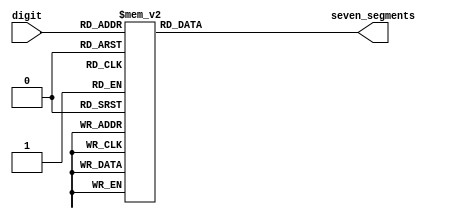
// This program was cloned from: https://github.com/RomeoMe5/DDLM
// License: MIT License


module sm_hex_display
(
    input      [3:0] digit,
    output reg [6:0] seven_segments
);

    always @*
        case (digit)
        'h0: seven_segments = 'b1000000;  // g f e d c b a
        'h1: seven_segments = 'b1111001;
        'h2: seven_segments = 'b0100100;  //   --a--
        'h3: seven_segments = 'b0110000;  //  |     |
        'h4: seven_segments = 'b0011001;  //  f     b
        'h5: seven_segments = 'b0010010;  //  |     |
        'h6: seven_segments = 'b0000010;  //   --g--
        'h7: seven_segments = 'b1111000;  //  |     |
        'h8: seven_segments = 'b0000000;  //  e     c
        'h9: seven_segments = 'b0011000;  //  |     |
        'ha: seven_segments = 'b0001000;  //   --d-- 
        'hb: seven_segments = 'b0000011;
        'hc: seven_segments = 'b1000110;
        'hd: seven_segments = 'b0100001;
        'he: seven_segments = 'b0000110;
        'hf: seven_segments = 'b0001110;
        endcase

endmodule

//--------------------------------------------------------------------

module sm_hex_display_8
(
    input             clock,
    input             resetn,
    input      [31:0] number,

    output reg [ 6:0] seven_segments,
    output reg        dot,
    output reg [ 7:0] anodes
);

    function [6:0] bcd_to_seg (input [3:0] bcd);

        case (bcd)
        'h0: bcd_to_seg = 'b1000000;  // g f e d c b a
        'h1: bcd_to_seg = 'b1111001;
        'h2: bcd_to_seg = 'b0100100;  //   --a--
        'h3: bcd_to_seg = 'b0110000;  //  |     |
        'h4: bcd_to_seg = 'b0011001;  //  f     b
        'h5: bcd_to_seg = 'b0010010;  //  |     |
        'h6: bcd_to_seg = 'b0000010;  //   --g--
        'h7: bcd_to_seg = 'b1111000;  //  |     |
        'h8: bcd_to_seg = 'b0000000;  //  e     c
        'h9: bcd_to_seg = 'b0011000;  //  |     |
        'ha: bcd_to_seg = 'b0001000;  //   --d-- 
        'hb: bcd_to_seg = 'b0000011;
        'hc: bcd_to_seg = 'b1000110;
        'hd: bcd_to_seg = 'b0100001;
        'he: bcd_to_seg = 'b0000110;
        'hf: bcd_to_seg = 'b0001110;
        endcase

    endfunction

    reg [2:0] i;

    always @ (posedge clock or negedge resetn)
    begin
        if (! resetn)
        begin
            seven_segments <=   bcd_to_seg (0);
            dot            <= ~ 0;
            anodes         <= ~ 8'b00000001;

            i <= 0;
        end
        else
        begin
            seven_segments <=   bcd_to_seg (number [i * 4 +: 4]);
            dot            <= ~ 0;
            anodes         <= ~ (1 << i);

            i <= i + 1;
        end
    end

endmodule